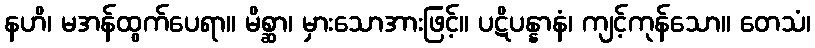
နဟိ၊ မအန်ထွက်ပေရာ။ မိစ္ဆာ၊ မှားသောအားဖြင့်။ ပဋိပန္နာနံ၊ ကျင့်ကုန်သော။ တေသံ၊